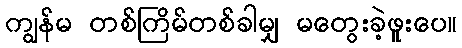
ကျွန်မ တစ်ကြိမ်တစ်ခါမျှ မတွေးခဲ့ဖူးပေ။